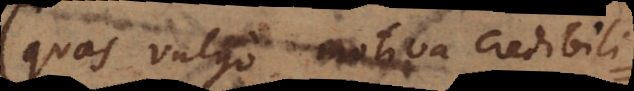
(quas vulgo motiva credibilitatis